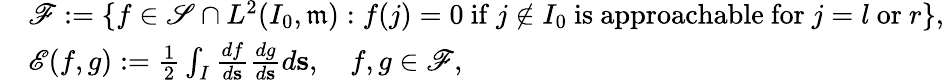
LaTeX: \begin{array}{rl}&{{\mathscr F}:=\{ f\in\mathscr{S}\cap L^{2}(I_{0},\mathfrak{m}):f(j)=0\mathrm{~if~}j\notin I_{0}\mathrm{~is~approachable~for~}j=l\mathrm{~or~}r\} ,}\\ &{{\mathscr E}(f,g):=\frac{1}{2}\int_{I}\frac{df}{d\mathbf{s}}\frac{dg}{d\mathbf{s}}d\mathbf{s},\quad f,g\in{\mathscr F},}\end{array}